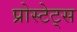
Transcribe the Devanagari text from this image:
प्रोस्टेट्स